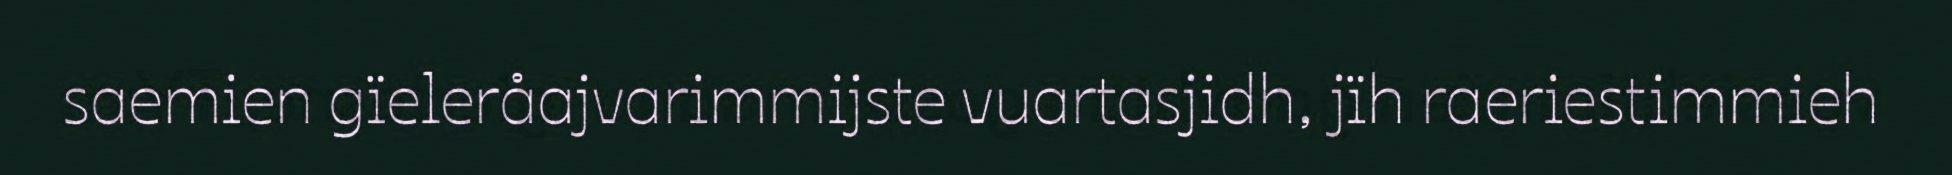
saemien gïeleråajvarimmijste vuartasjidh, jïh raeriestimmieh